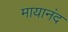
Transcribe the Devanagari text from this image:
मायानंद